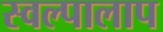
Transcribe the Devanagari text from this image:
स्वल्पालाप